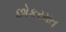
છોકરમત